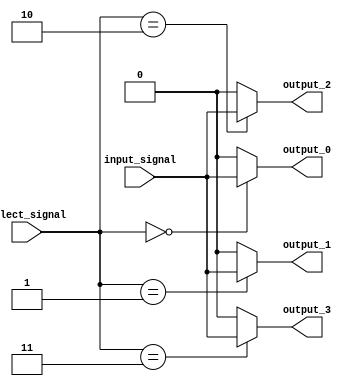
module demultiplexer(
    input input_signal,
    input [1:0] select_signal,
    output output_0,
    output output_1,
    output output_2,
    output output_3
);

assign output_0 = (select_signal == 2'b00) ? input_signal : 1'b0;
assign output_1 = (select_signal == 2'b01) ? input_signal : 1'b0;
assign output_2 = (select_signal == 2'b10) ? input_signal : 1'b0;
assign output_3 = (select_signal == 2'b11) ? input_signal : 1'b0;

endmodule